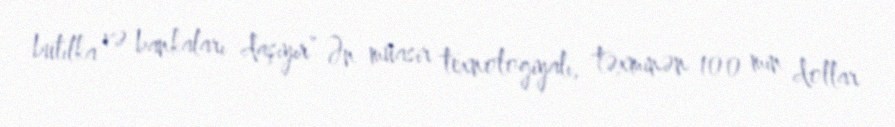
butılka və bankaları daşıyır” Ən müasir texnologiyalı, təxminən 100 min dollar